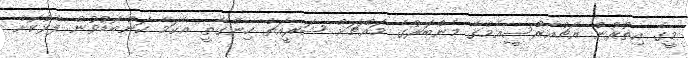
މީގެ އިތުރުން އެޗްއާރްސީއެމްގެ މެެންބަރުގެ މައްޗަށް ޝަރީއަތް ހިންގާތީ އެކަމާ ކަންބޮޑުވުން ފާޅުކޮށް